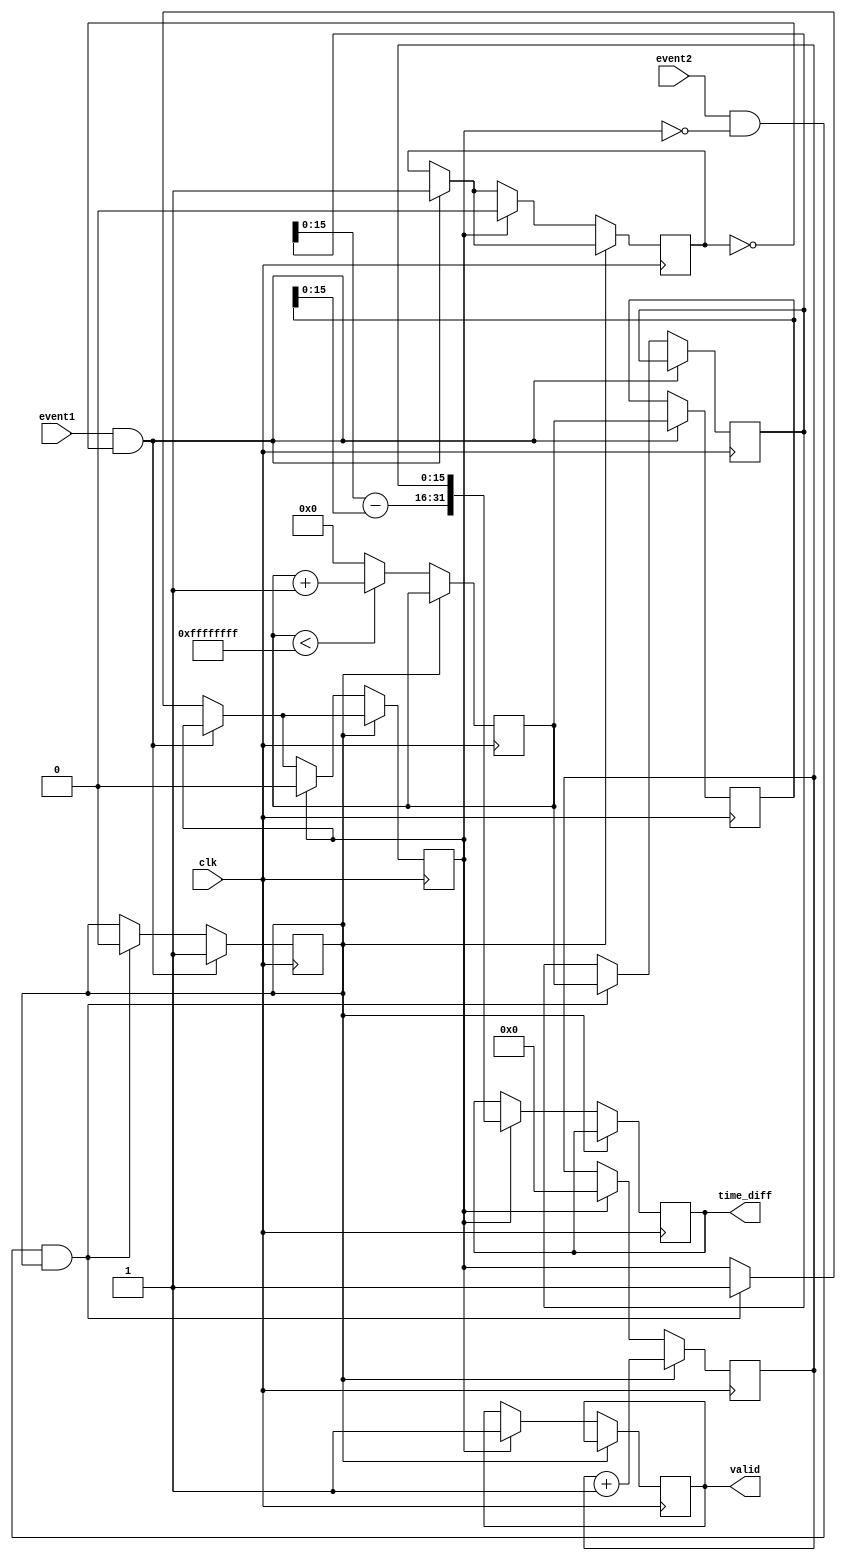
module TDC (
    input wire clk,                // High-frequency clock signal
    input wire event1,            // Input event channel 1
    input wire event2,            // Input event channel 2
    output reg [31:0] time_diff,  // Output time difference
    output reg valid              // Output valid signal
);

    // Parameters
    parameter COARSE_MAX = 32'hFFFFFFFF; // Max value for coarse counter
    parameter INTERPOLATION_RESOLUTION = 16; // Fine resolution bits

    // Internal signals
    reg [31:0] coarse_counter;         // Coarse counter
    reg [INTERPOLATION_RESOLUTION-1:0] fine_counter; // Fine counter
    reg event1_detected, event2_detected;
    reg [31:0] event1_time, event2_time; // Timestamps for events
    reg measurement_active;

    // Edge detection for events
    always @(posedge clk) begin
        if (event1 && !event1_detected) begin
            event1_detected <= 1'b1;
            event1_time <= coarse_counter;
            measurement_active <= 1'b1; // Start measurement
        end else if (event2 && !event2_detected && measurement_active) begin
            event2_detected <= 1'b1;
            event2_time <= coarse_counter;
            measurement_active <= 1'b0; // Stop measurement
        end

        // Increment coarse counter
        if (!measurement_active) begin
            if (coarse_counter < COARSE_MAX)
                coarse_counter <= coarse_counter + 1;
            else
                coarse_counter <= 0; // Reset counter
        end

        // Fine measurement logic
        if (measurement_active) begin
            fine_counter <= fine_counter + 1; // Increment fine counter
        end else if (event2_detected) begin
            // Combine coarse and fine measurements
            time_diff <= {event2_time - event1_time, fine_counter};
            valid <= 1'b1; // Indicate valid output
            // Reset for next measurement
            event1_detected <= 1'b0;
            event2_detected <= 1'b0;
            fine_counter <= 0;
        end
    end

    // Reset logic for the TDC
    initial begin
        coarse_counter = 0;
        fine_counter = 0;
        event1_detected = 1'b0;
        event2_detected = 1'b0;
        measurement_active = 1'b0;
        valid = 1'b0;
    end

endmodule